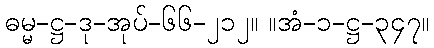
ဓမ္မ-ဋ္ဌ-ဒု-အုပ်-၆၆-၂၁၂။ ။အံ-၁-ဋ္ဌ-၃၄၇။